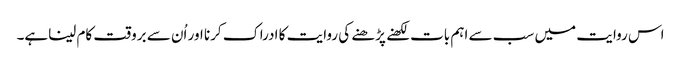
اس روایت میں سب سے اہم بات لکھنے پڑھنے کی روایت کا ادراک کرنا اور اُن سے بروقت کام لیناہے۔